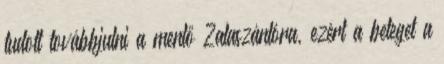
tudott továbbjutni a mentő Zalaszántóra, ezért a beteget a